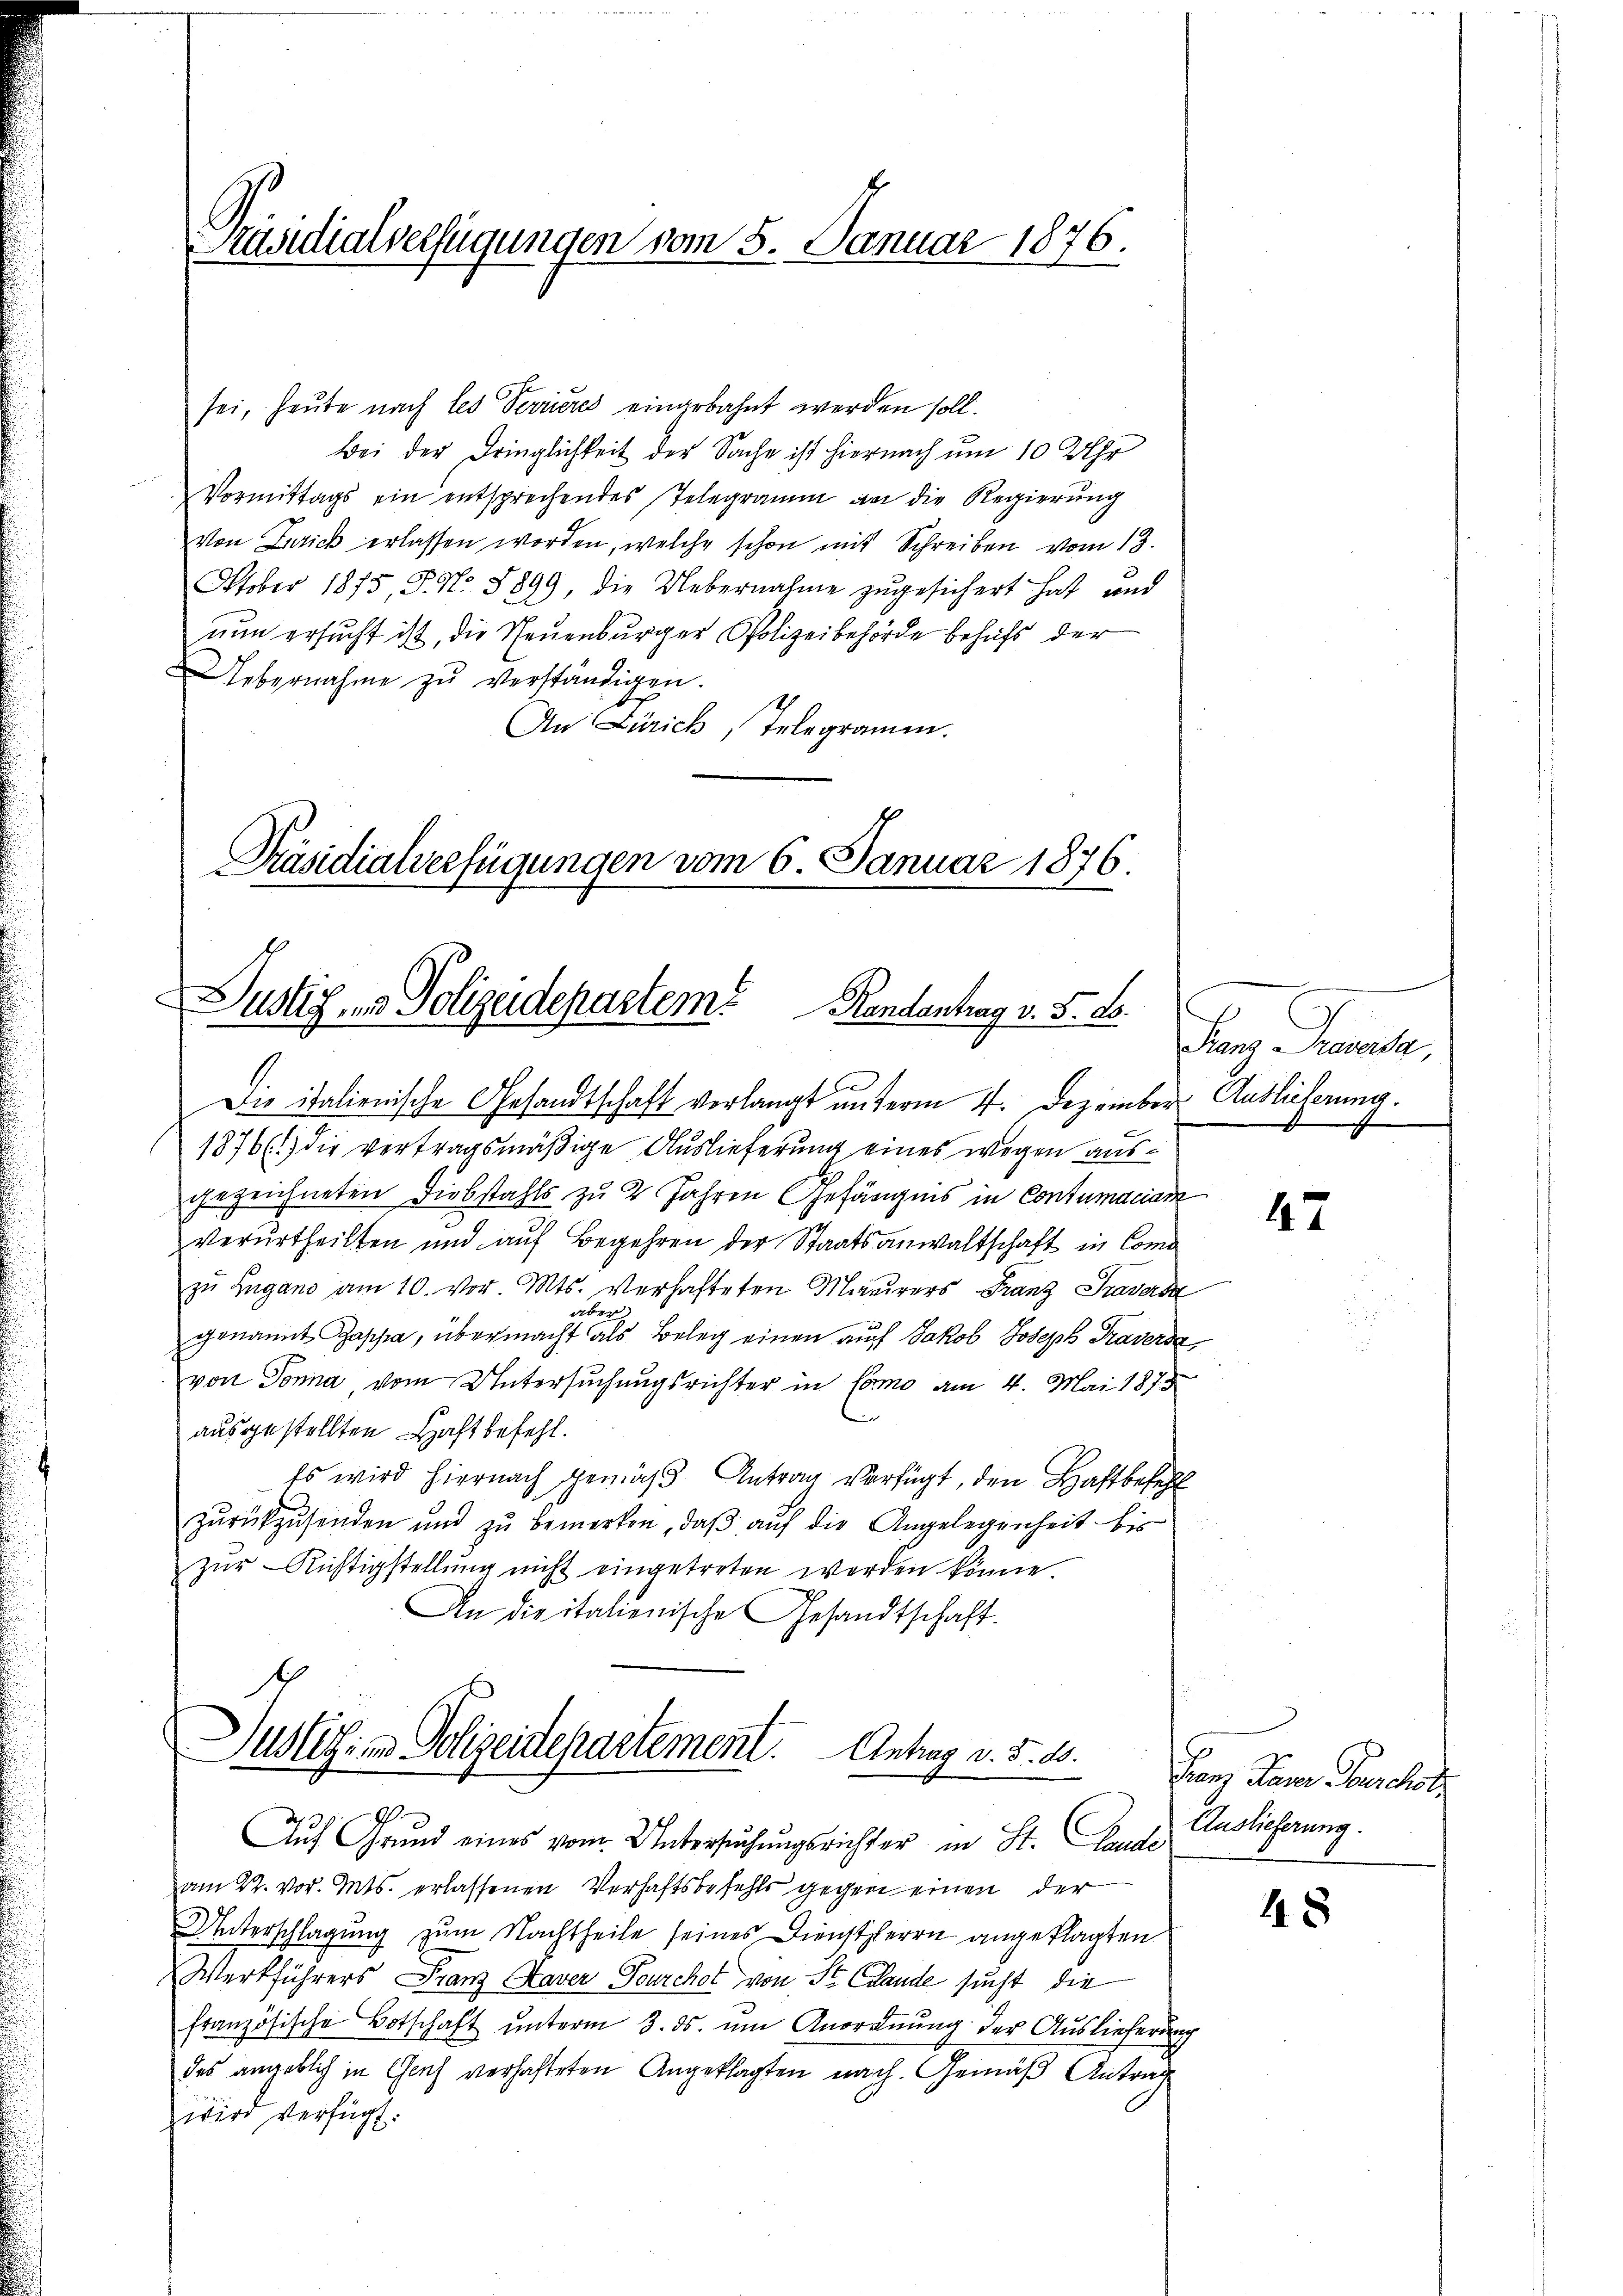
Präsidialverfügungen vom 8. Januar 1876.

sei, heute nach les Verrieres einerbahnt werden soll.
Bei der Dringlichkeit der Sache ist hiernach um 10 Uhr
Vormittags ein entsprechendes Telegramm an die Regierŭng
von Zürich erlassen worden, welche schon mit Schreiben vom 13.
Oktober 1875, S. N. 8899, die Uebernahme zugesichert hat und
nun ersucht ist, die Scheuenburger Polizeibehörde behufs der
Uebernahme zŭ verständigen.
An Zürich, Telegramm.

Präsidialverfügungen vom 6. Januar 1876.
x
ustiz- und Polizeidepartem Randantrag v. 5. ds.

Die italienische Gesandtschaft verlangt unterm 4. Dezember Auslicherung.
1876(1) die vertragsmäßige Auslieferung eines wegen ausgezeichneten Diebstahls zu 2 Jahren Gefängnis in Contumaciam
verurtheilten und auf Begehren der Staatsanwaltschaft in Comzŭ Lugano am 10. vor. Mts. Verhafteten Maurers Franz Graversa
aber
genannt Rapha, übermacht als Beleg einen auf Jakob Joseph Traverda
von Sonna, vom Untersuchungsrichter in Como am 4. Mai 1878
ausgestellten Haftbefehl.
Es wird hiernach gemäß Antrag verfügt, den Haftbefehl
zŭrückzŭsenden und zŭ bemerken, daβ aŭf die Angelegenheit bis
zŭr Richtigstellŭng nicht eingetreten werden könne.
An die italienische Gesandtschaft.

Duslehren Polizeidepartement. Antrag v. 5. 10.

Auf Grund eines vom Untersuchungsrichter in St. Lande
am 22. vor. Mts. erlassenen Verhaftsbefehls gegen einen der
Unterschlagung zum Nachtheile seines Dienstherrn angeklagten
Werkführers Franz Kaver Fourchst von St. Cande sucht, die
französische Botschaft unterm 3. ds. um Anordnung der Auslieferung
des angeblich in Graf verhalteten Angeklagten nach. Gemäß Antrag
wird verfügt.

Sanz Preusa,

47

Franz Parer Vorschob
Auslieferung.

48